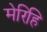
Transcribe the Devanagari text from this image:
मेरिहि